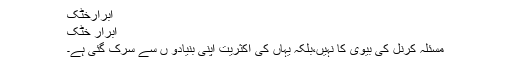
ابرارخٹک
ابرار خٹک
مسئلہ کرنل کی بیوی کا نہیں،بلکہ یہاں کی اکثریت اپنی بنیادو ں سے سِرک گئی ہے۔